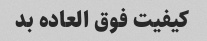
کیفیت فوق العاده بد